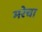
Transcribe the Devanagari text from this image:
मरेचा